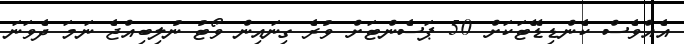
އެއްވެސް ކެންޑިޑޭޓަކަށް 50 ޕަސެންޓަށް ވުރެ ގިނައިން ވޯޓު ނުލިބިއްޖެ ނަމަ ދެވަނަ